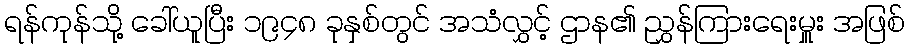
ရန်ကုန်သို့ ခေါ်ယူပြီး ၁၉၄၈ ခုနှစ်တွင် အသံလွှင့် ဌာန၏ ညွှန်ကြားရေးမှူး အဖြစ်